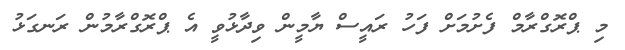
މި ޕްރޮގްރާމް ފެށުމަށް ފަހު ރައީސް ޔާމީން ވިދާޅުވީ އެ ޕްރޮގްރާމުން ރަނގަޅު